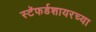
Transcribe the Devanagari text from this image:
स्टॅफर्डशायरच्या